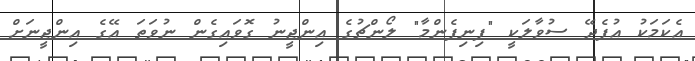
އެކަމަކު އުފެދޭ ސުވާލަކީ "ފިނިފެންމާ" ލޯންޗުގެ އިންޖީނު ގޮވައިގެން ނުވަތަ އޭގެ އިންޖީނަށް